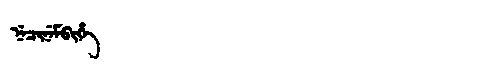
Manchu: ᠨᡝᠴᡳᠨᡝᠮᠪᡳᡥᡝ
Romanization: NECINEMBIHE